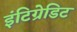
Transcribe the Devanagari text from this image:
इंटिग्रेडिट